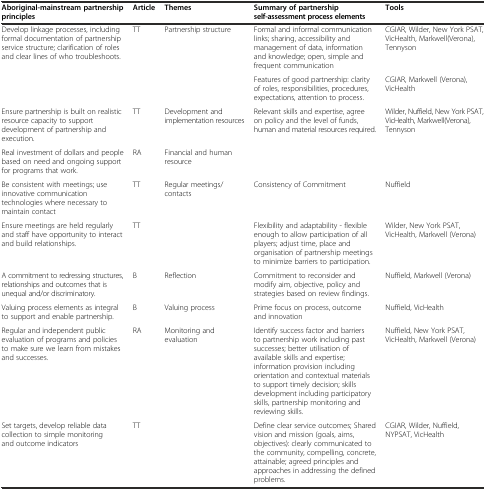
| Aboriginal-mainstream partnership principles | Article | Themes | Summary of partnership self-assessment process elements | Tools |
 | --- | --- | --- | --- | --- |
 | <ROWSPAN=2> Develop linkage processes, including formal documentation of partnership service structure; clarification of roles and clear lines of who troubleshoots. | <ROWSPAN=2> TT | <ROWSPAN=2> Partnership structure | Formal and informal communication links; sharing, accessibility and management of data, information and knowledge; open, simple and frequent communication | CGIAR, Wilder, New York PSAT, VicHealth, Markwell(Verona), Tennyson |
 | Features of good partnership: clarity of roles, responsibilities, procedures, expectations, attention to process. | CGIAR, Markwell (Verona), VicHealth |
 | Ensure partnership is built on realistic resource capacity to support development of partnership and execution. | TT | Development and implementation resources | <ROWSPAN=2> Relevant skills and expertise, agree on policy and the level of funds, human and material resources required. | <ROWSPAN=2> Wilder, Nuffield, New York PSAT, VicHealth, Markwell(Verona), Tennyson |
 | Real investment of dollars and people based on need and ongoing support for programs that work. | RA | Financial and human resource |
 | Be consistent with meetings; use innovative communication technologies where necessary to maintain contact | TT | <ROWSPAN=2> Regular meetings/contacts | Consistency of Commitment | Nuffield |
 | Ensure meetings are held regularly and staff have opportunity to interact and build relationships. | TT | Flexibility and adaptability - flexible enough to allow participation of all players; adjust time, place and organisation of partnership meetings to minimize barriers to participation. | Wilder, New York PSAT, VicHealth, Markwell (Verona) |
 | A commitment to redressing structures, relationships and outcomes that is unequal and/or discriminatory. | B | Reflection | Commitment to reconsider and modify aim, objective, policy and strategies based on review findings. | Nuffield, Markwell (Verona) |
 | Valuing process elements as integral to support and enable partnership. | B | Valuing process | Prime focus on process, outcome and innovation | Nuffield, VicHealth |
 | Regular and independent public evaluation of programs and policies to make sure we learn from mistakes and successes. | RA | <ROWSPAN=2> Monitoring and evaluation | Identify success factor and barriers to partnership work including past successes; better utilisation of available skills and expertise; information provision including orientation and contextual materials to support timely decision; skills development including participatory skills, partnership monitoring and reviewing skills. | Nuffield, New York PSAT, VicHealth, Markwell (Verona) |
 | Set targets, develop reliable data collection to simple monitoring and outcome indicators | TT | Define clear service outcomes; Shared vision and mission (goals, aims, objectives): clearly communicated to the community, compelling, concrete, attainable; agreed principles and approaches in addressing the defined problems. | CGIAR, Wilder, Nuffield, NYPSAT, VicHealth |